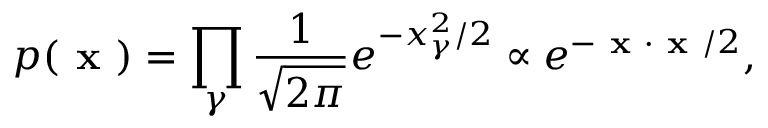
p ( \textbf { x } ) = \prod _ { \gamma } \frac { 1 } { \sqrt { 2 \pi } } e ^ { - x _ { \gamma } ^ { 2 } / 2 } \propto e ^ { - \textbf { x } \cdot \textbf { x } / 2 } ,